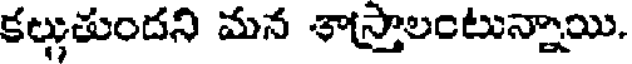
కల్గుతుందని మన శాస్తాలంటున్నాయి.